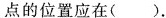
点的位置应在()。